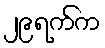
၂၉ရက်က